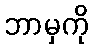
ဘာမှကို